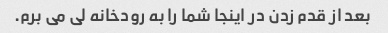
بعد از قدم زدن در اینجا شما را به رودخانه لی می برم.